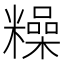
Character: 𥼾